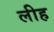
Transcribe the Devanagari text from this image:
लीह